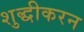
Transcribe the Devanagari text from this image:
शुद्धीकरन